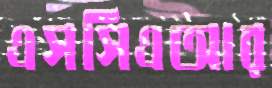
এসসিএআর